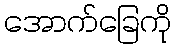
အောက်ခြေကို